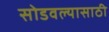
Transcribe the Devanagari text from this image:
सोडवल्यासाठी